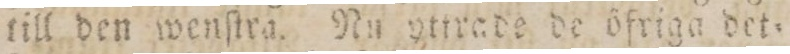
till den wenſtra. Nu yttrade de öfriga det=